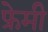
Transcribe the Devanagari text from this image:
फ्रेमी